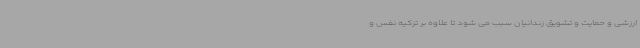
ارزشی و حمایت و تشویق زندانیان سبب می شود تا علاوه بر تزکیه نفس و